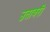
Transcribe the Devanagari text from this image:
उतावरी